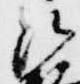
法